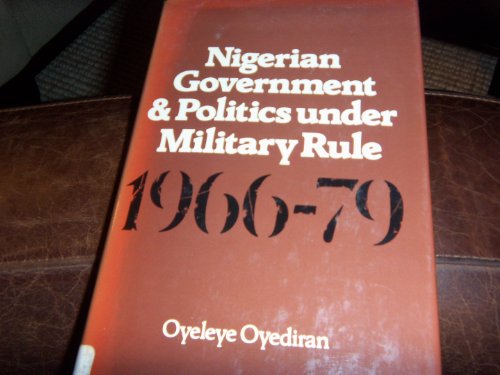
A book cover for Nigerian Government and Politics Under Military Rule, 1966-1979; Oyeleye Oyediran; History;